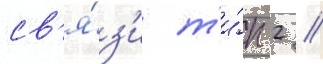
св'я́з'и т'и́п 2 //